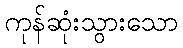
ကုန်ဆုံးသွားသော